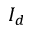
I _ { d }